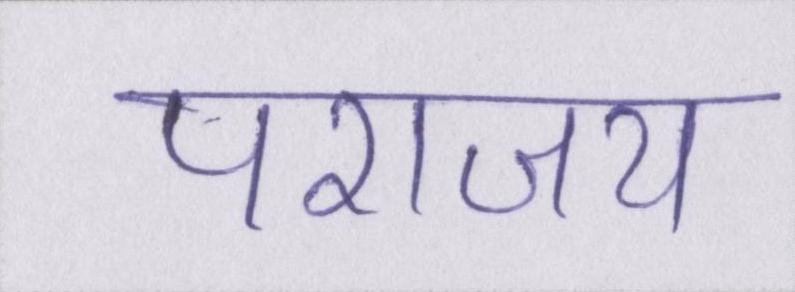
पराजय